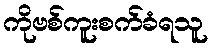
ကိုဗစ်ကူးစက်ခံရသူ